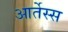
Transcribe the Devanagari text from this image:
आर्तेस्स